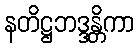
နတိဋ္ဌဘဒ္ဒန္တိကာ